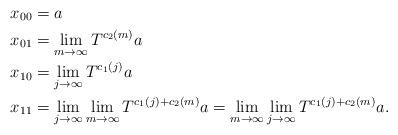
LaTeX: \begin{align*}x_{00}&= a\\x_{01}&= \lim_{m\to\infty}T^{c_2(m)}a\\x_{10}&=\lim_{j\to\infty}T^{c_1(j)}a\\x_{11}&= \lim_{j\to\infty}\lim_{m\to\infty}T^{c_1(j)+c_2(m)}a=\lim_{m\to\infty}\lim_{j\to\infty}T^{c_1(j)+c_2(m)}a.\end{align*}